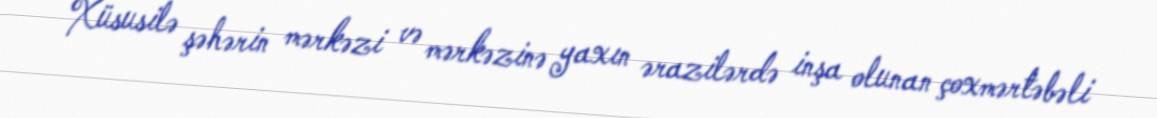
Xüsusilə şəhərin mərkəzi və mərkəzinə yaxın ərazilərdə inşa olunan çoxmərtəbəli